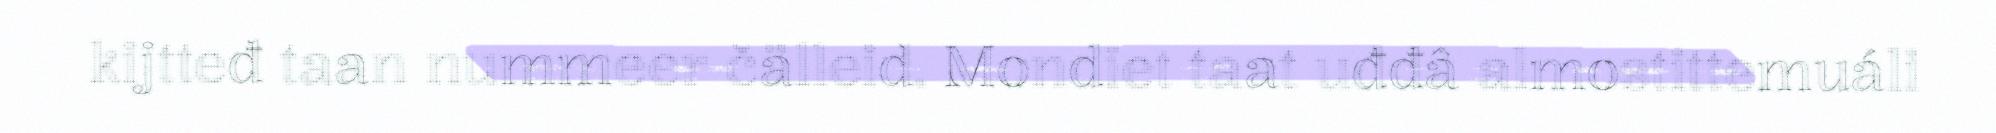
kijtteđ taan nummeer čälleid. Mondiet taat uđđâ almostittemuáli